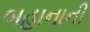
બહાનાની